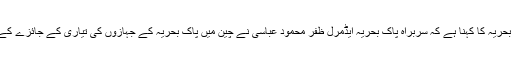
تفصیلات کے مطابق ترجمان پاک بحریہ کا کہنا ہے کہ سربراہ پاک بحریہ ایڈمرل ظفر محمود عباسی نے چین میں پاک بحریہ کے جہازوں کی تیاری کے جائزے کے لیے چینی شپ یارڈز کا دورہ کیا۔